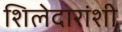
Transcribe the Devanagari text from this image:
शिलेदारांशी